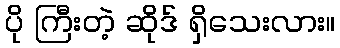
ပို ကြီးတဲ့ ဆိုဒ် ရှိသေးလား။